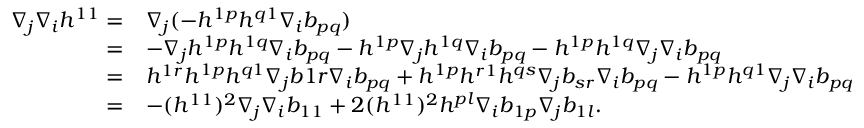
\begin{array} { r l } { \nabla _ { j } \nabla _ { i } h ^ { 1 1 } = } & { \nabla _ { j } ( - h ^ { 1 p } h ^ { q 1 } \nabla _ { i } b _ { p q } ) } \\ { = } & { - \nabla _ { j } h ^ { 1 p } h ^ { 1 q } \nabla _ { i } b _ { p q } - h ^ { 1 p } \nabla _ { j } h ^ { 1 q } \nabla _ { i } b _ { p q } - h ^ { 1 p } h ^ { 1 q } \nabla _ { j } \nabla _ { i } b _ { p q } } \\ { = } & { h ^ { 1 r } h ^ { 1 p } h ^ { q 1 } \nabla _ { j } b { 1 r } \nabla _ { i } b _ { p q } + h ^ { 1 p } h ^ { r 1 } h ^ { q s } \nabla _ { j } b _ { s r } \nabla _ { i } b _ { p q } - h ^ { 1 p } h ^ { q 1 } \nabla _ { j } \nabla _ { i } b _ { p q } } \\ { = } & { - ( h ^ { 1 1 } ) ^ { 2 } \nabla _ { j } \nabla _ { i } b _ { 1 1 } + 2 ( h ^ { 1 1 } ) ^ { 2 } h ^ { p l } \nabla _ { i } b _ { 1 p } \nabla _ { j } b _ { 1 l } . } \end{array}